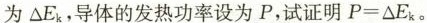
为△E_{k}，导体的发热功率设为 P，试证明P=△E_{k}。